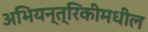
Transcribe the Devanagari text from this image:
अभियन्त्रिकीमधील